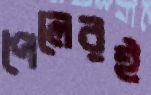
পেলেরই